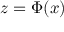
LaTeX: z = \Phi ( x )